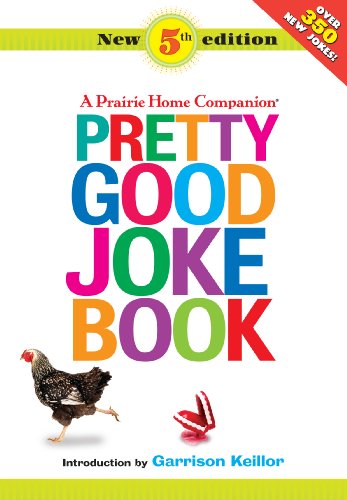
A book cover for Pretty Good Joke Book: A Prairie Home Companion; Humor & Entertainment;